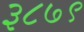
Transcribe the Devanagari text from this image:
३८७९